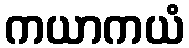
ကယာကယံ